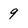
Character: 9